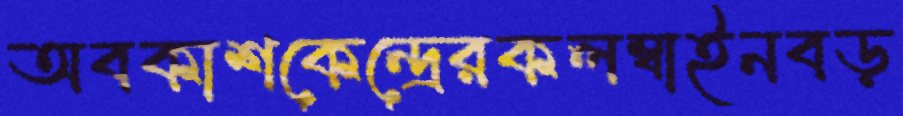
অবকাশকেন্দ্রেরকলম্বাইনবড়